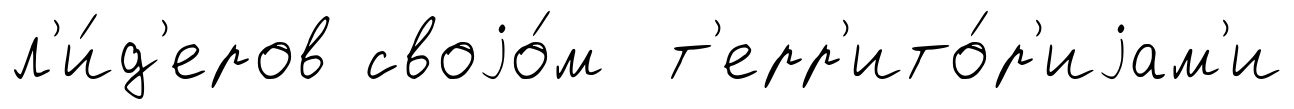
л'и́д'еров своjо́м т'ерр'ито́р'иjам'и